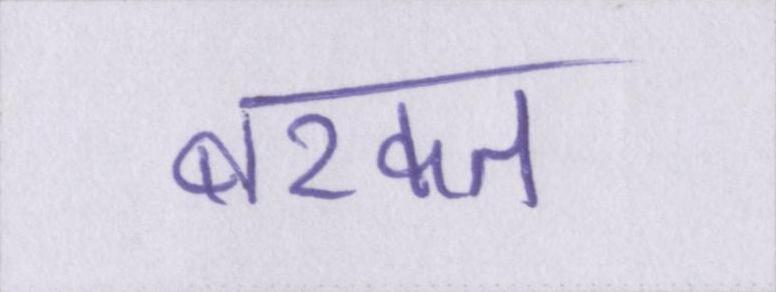
बरकत